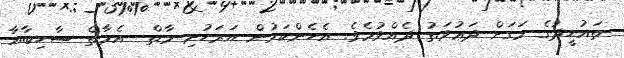
ތައުޙީދުގެ މަގަށް ދަޢުވަތު ދެއްވުމެވެ. އެހެންކަމުން އަރަހުށި މާތް  އެމާތް ސާހިބާއާ